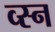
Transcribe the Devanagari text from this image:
व्स्न